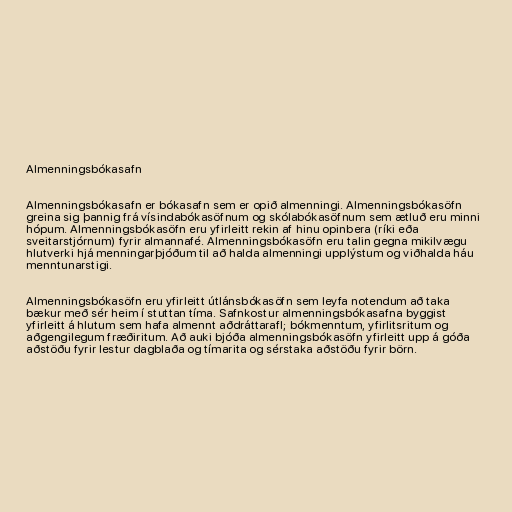
Almenningsbókasafn

Almenningsbókasafn er bókasafn sem er opið almenningi. Almenningsbókasöfn
greina sig þannig frá vísindabókasöfnum og skólabókasöfnum sem ætluð eru minni
hópum. Almenningsbókasöfn eru yfirleitt rekin af hinu opinbera (ríki eða
sveitarstjórnum) fyrir almannafé. Almenningsbókasöfn eru talin gegna mikilvægu
hlutverki hjá menningarþjóðum til að halda almenningi upplýstum og viðhalda háu
menntunarstigi.

Almenningsbókasöfn eru yfirleitt útlánsbókasöfn sem leyfa notendum að taka
bækur með sér heim í stuttan tíma. Safnkostur almenningsbókasafna byggist
yfirleitt á hlutum sem hafa almennt aðdráttarafl; bókmenntum, yfirlitsritum og
aðgengilegum fræðiritum. Að auki bjóða almenningsbókasöfn yfirleitt upp á góða
aðstöðu fyrir lestur dagblaða og tímarita og sérstaka aðstöðu fyrir börn.